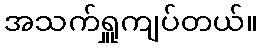
အသက်ရှူကျပ်တယ်။